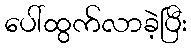
ပေါ်ထွက်လာခဲ့ပြီး